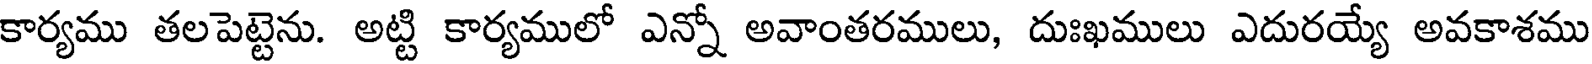
కార్యము తలపెట్టెను. అట్టి కార్యములో ఎన్నో అవాంతరములు, దుఃఖములు ఎదురయ్యే అవకాశము